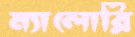
ম্যালোরি